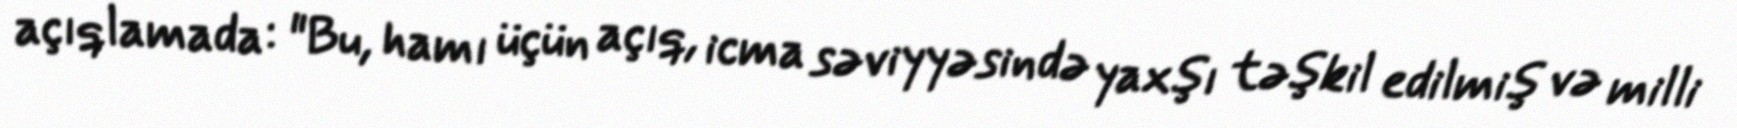
açıqlamada: "Bu, hamı üçün açıq, icma səviyyəsində yaxşı təşkil edilmiş və milli